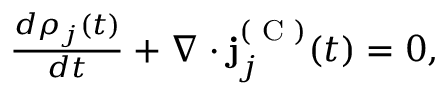
\begin{array} { r } { \frac { d \rho _ { j } ( t ) } { d t } + \nabla \cdot \mathbf { j } _ { j } ^ { ( \textrm { C } ) } ( t ) = 0 , } \end{array}